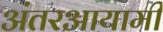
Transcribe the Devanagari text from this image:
अंतरआयामी